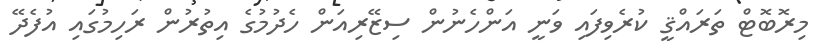
މިރޮބޮޓް ތަރައްޤީ ކުރެވިފައި ވަނީ އަންހެނުން ސިޒޭރިއަން ހެދުމުގެ އިތުރުން ރަހިމުގައި އުފެދޭ